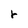
Character: r